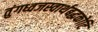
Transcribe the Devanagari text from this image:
तुंगध्वजस्वार्थबद्धकोटि